Madras plague regulations and rules - Volume 2
Disease focus: Plague
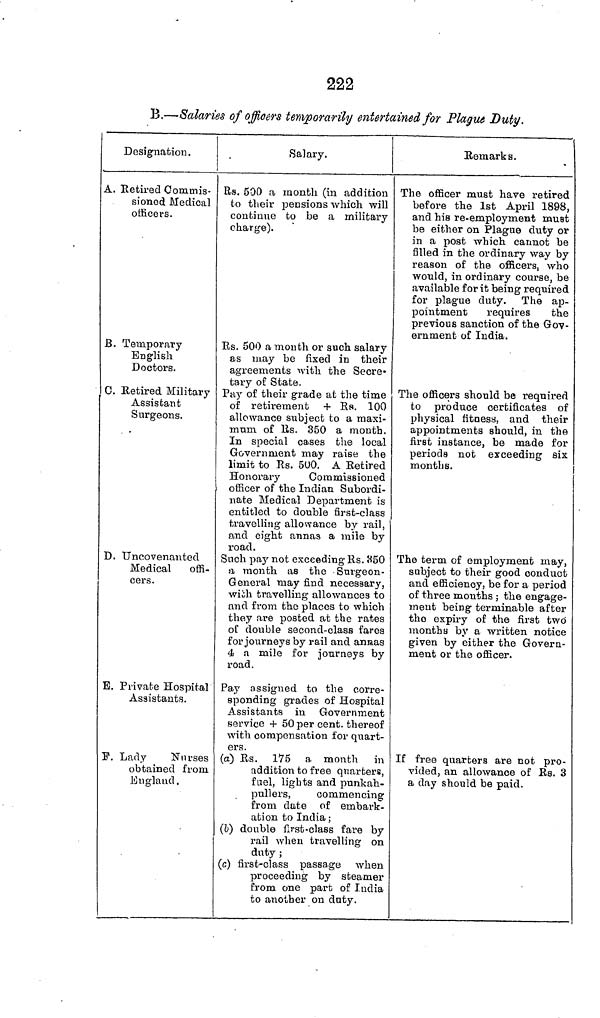
222
B.—Salaries of officers temporarily entertained for Plague Duty.
Designation.
A. Retired Commis-
sioned Medical
officers.
JB. Temporary
English
Doctors.
0. Ketired Military
Assistant
Surgeons.
D. Uncovenanted
Medical offi-
cers.
E. Private Hospital
Assistants.
IT. Lady
Nurses
obtained from
Englaud.
Salary.
Rs. 500 a month (in addition
to their pensions which will
continue to be a military
charge).
Rs. 500 a month or such salary
as may be fixed in their
agreements with the Secre*
tary of State.
Pay of their grade at the time
of retirement + Ra. 100
allowance subject to a maxi-
mum of Rs. 350 a montb.
In special cases the local
Government may raise the
limit to Rs. 5U0. A Retired
Honorary
Commissioned
officer of the Indian Subordi-
nate Medical Department is
entitled to double first-class
travelling allowance by rail,
and eight annas a mile by
road.
Such pay not exceeding Rs. 350
a month as the Surgeon-
General may find necessary,
wich travelling allowances to
and from the places to which
they are posted at the rates
of double second-class fares
for journeys by rail and annas
4 a mile for journeys by
road.
Pay assigned to the corre-
sponding grades of Hospital
Assistants in Government
service + 50 per cent, thereof
with compensation for quart-
ers.
(a) Rs. 175 a month in
addition to free quarters,
fuel, ligbts and punkah-
pullers,
commencing
from date of embark-
ation to India;
(b) double first-class fare by
rail when travelling on
duty ;
(c) first-class passage when
proceeding by steamer
from one part of India
to another on duty.
Remarks.
The officer must have retired
before the 1st April 1898,
and his re-employment must
be either on Plague duty or
in a post which cannot be
filled in the ordinary way by
reason of the officers, who
would, in ordinary course, be
available for it being required
for plague duty. The a£>-
23ointment
requires
the
previous sanction of the Gov-
ernment of India.
The officers should be requii'ed
to produce certificates of
physical fitness, and their
appointments should, in the
first instance, be made for
periods not exceeding six
months.
The term of employment may,
subject to their good conduct
and efficiency, be for a period
of three months; the engage-
ment being terminable after
the expiry of the first two
months by a written notice
given by either the Govern-
ment or the officer.
If free quarters are not pro-
vided, an allowance of Rs. 3
a day should be paid.